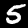
Label: 5